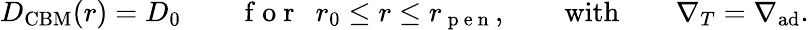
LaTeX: D_{\mathrm{CBM}}(r)=D_{0}\qquad\mathrm{~f~o~r~}\ \ r_{0}\leq r\leq r_{\mathrm{~p~e~n~}},\qquad\mathrm{with}\qquad\nabla_{T}=\nabla_{\mathrm{ad}}.